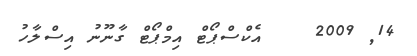
14